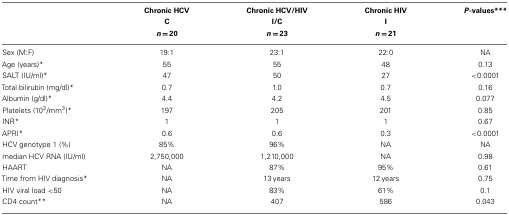
<table><thead><tr><td></td><td><b>Chronic HCV</b></td><td><b>Chronic HCV/HIV</b></td><td><b>Chronic HIV</b></td><td><b><i>P</i>-values***</b></td></tr><tr><td></td><td><b>C</b></td><td><b>I/C</b></td><td><b>I</b></td><td></td></tr><tr><td></td><td><b><i>n</i> = 20</b></td><td><b><i>n</i> = 23</b></td><td><b><i>n</i> = 21</b></td><td></td></tr></thead><tbody><tr><td>Sex (M:F)</td><td>19:1</td><td>23:1</td><td>22:0</td><td>NA</td></tr><tr><td>Age (years)*</td><td>55</td><td>55</td><td>48</td><td>0.13</td></tr><tr><td>SALT (IU/ml)*</td><td>47</td><td>50</td><td>27</td><td>&lt;0.0001</td></tr><tr><td>Total bilirubin (mg/dl)*</td><td>0.7</td><td>1.0</td><td>0.7</td><td>0.16</td></tr><tr><td>Albumin (g/dl)*</td><td>4.4</td><td>4.2</td><td>4.5</td><td>0.077</td></tr><tr><td>Platelets (10<sup>3</sup>/mm<sup>3</sup>)*</td><td>197</td><td>205</td><td>201</td><td>0.85</td></tr><tr><td>INR*</td><td>1</td><td>1</td><td>1</td><td>0.67</td></tr><tr><td>APRI*</td><td>0.6</td><td>0.6</td><td>0.3</td><td>&lt;0.0001</td></tr><tr><td>HCV genotype 1 (%)</td><td>85%</td><td>96%</td><td>NA</td><td>NA</td></tr><tr><td>median HCV RNA (IU/ml)</td><td>2,750,000</td><td>1,210,000</td><td>NA</td><td>0.98</td></tr><tr><td>HAART</td><td>NA</td><td>87%</td><td>95%</td><td>0.61</td></tr><tr><td>Time from HIV diagnosis*</td><td>NA</td><td>13 years</td><td>12 years</td><td>0.75</td></tr><tr><td>HIV viral load &lt;50</td><td>NA</td><td>83%</td><td>61%</td><td>0.1</td></tr><tr><td>CD4 count**</td><td>NA</td><td>407</td><td>586</td><td>0.043</td></tr></tbody></table>